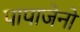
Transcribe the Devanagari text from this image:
पापाजेनो